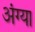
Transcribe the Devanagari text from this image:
अंग्या